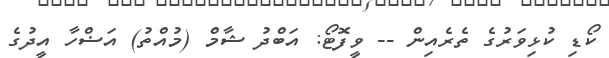
ކޯޑި ކުޅިވަރުގެ ތެރެއިން -- ވީފޮޓޯ: އަބްދު ޝާމް (މުއްތު) އަޟްހާ އީދުގެ